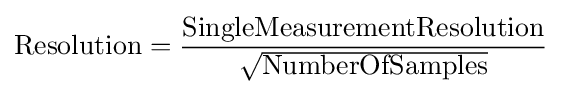
{\text{Resolution}}={{\text{SingleMeasurementResolution}} \over {\sqrt {\text{NumberOfSamples}}}}